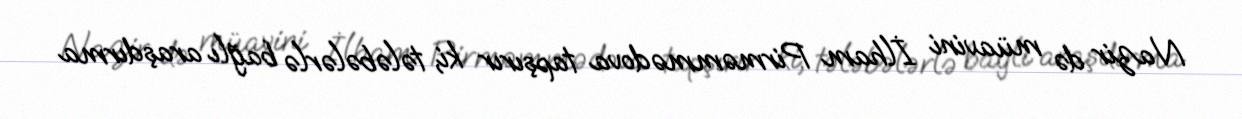
Nazir də müavini İlham Pirməmmədova tapşırır ki, tələbələrlə bağlı araşdırma